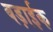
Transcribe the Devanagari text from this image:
बड़ाईक